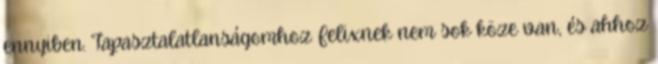
ennyiben. Tapasztalatlanságomhoz Felixnek nem sok köze van, és ahhoz